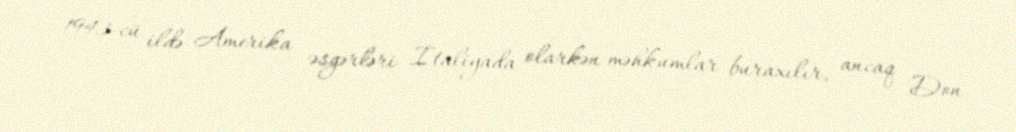
1943-cü ildə Amerika əsgərləri İtaliyada olarkən məhkumlar buraxılır, ancaq Don